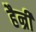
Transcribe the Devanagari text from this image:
हैन्री